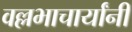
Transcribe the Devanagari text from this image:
वल्लभाचार्यांनी